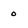
Character: o